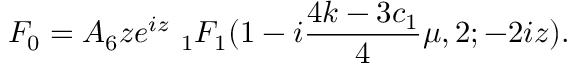
F _ { 0 } = { \cal A } _ { 6 } z e ^ { i z } \ _ { 1 } F _ { 1 } ( 1 - i \frac { 4 k - 3 c _ { 1 } } { 4 } \mu , 2 ; - 2 i z ) .